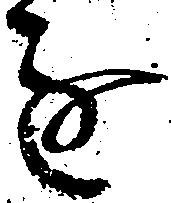
進